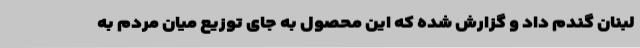
لبنان گندم داد و گزارش شده که این محصول به جای توزیع میان مردم به